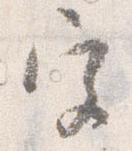
宮